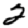
Digit: 2